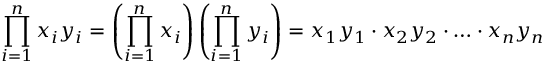
\prod _ { i = 1 } ^ { n } { x _ { i } y _ { i } } = \left( \prod _ { i = 1 } ^ { n } x _ { i } \right) \left( \prod _ { i = 1 } ^ { n } y _ { i } \right) = x _ { 1 } y _ { 1 } \cdot x _ { 2 } y _ { 2 } \cdot \ldots \cdot x _ { n } y _ { n }